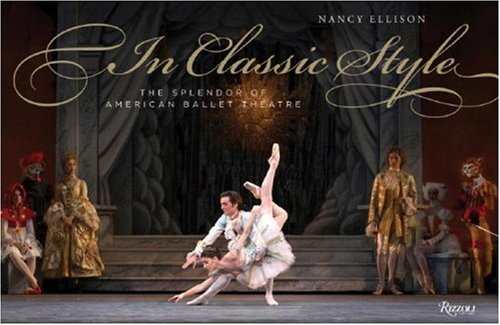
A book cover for In Classic Style: The Splendor of American Ballet Theatre; Nancy Ellison; Humor & Entertainment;